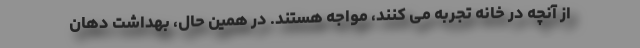
از آنچه در خانه تجربه می کنند، مواجه هستند. در همین حال، بهداشت دهان